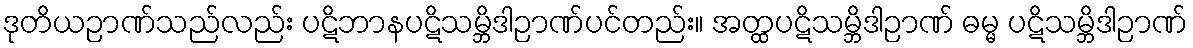
ဒုတိယဉာဏ်သည်လည်း ပဋိဘာနပဋိသမ္ဘိဒါဉာဏ်ပင်တည်း။ အတ္ထပဋိသမ္ဘိဒါဉာဏ် ဓမ္မ ပဋိသမ္ဘိဒါဉာဏ်